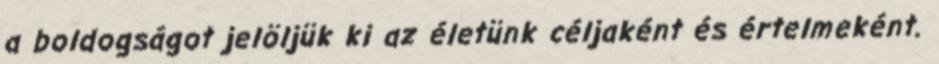
a boldogságot jelöljük ki az életünk céljaként és értelmeként.